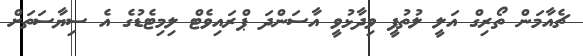
ޗެއާމަން ތޯރިގް އަލީ ލުތުފީ ވިދާޅުވީ އާސަންދަ ޕްރައިވެޓް ލިމިޓެޑުގެ އެ ސިޔާސަތަށް